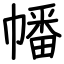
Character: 幡